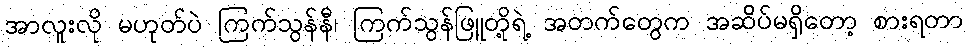
အာလူးလို မဟုတ်ပဲ ကြက်သွန်နီ၊ ကြက်သွန်ဖြူတို့ရဲ့ အတက်တွေက အဆိပ်မရှိတော့ စားရတာ